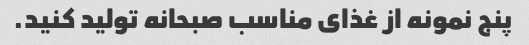
پنج نمونه از غذای مناسب صبحانه تولید کنید.